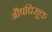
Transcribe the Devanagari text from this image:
औषधिसूक्त